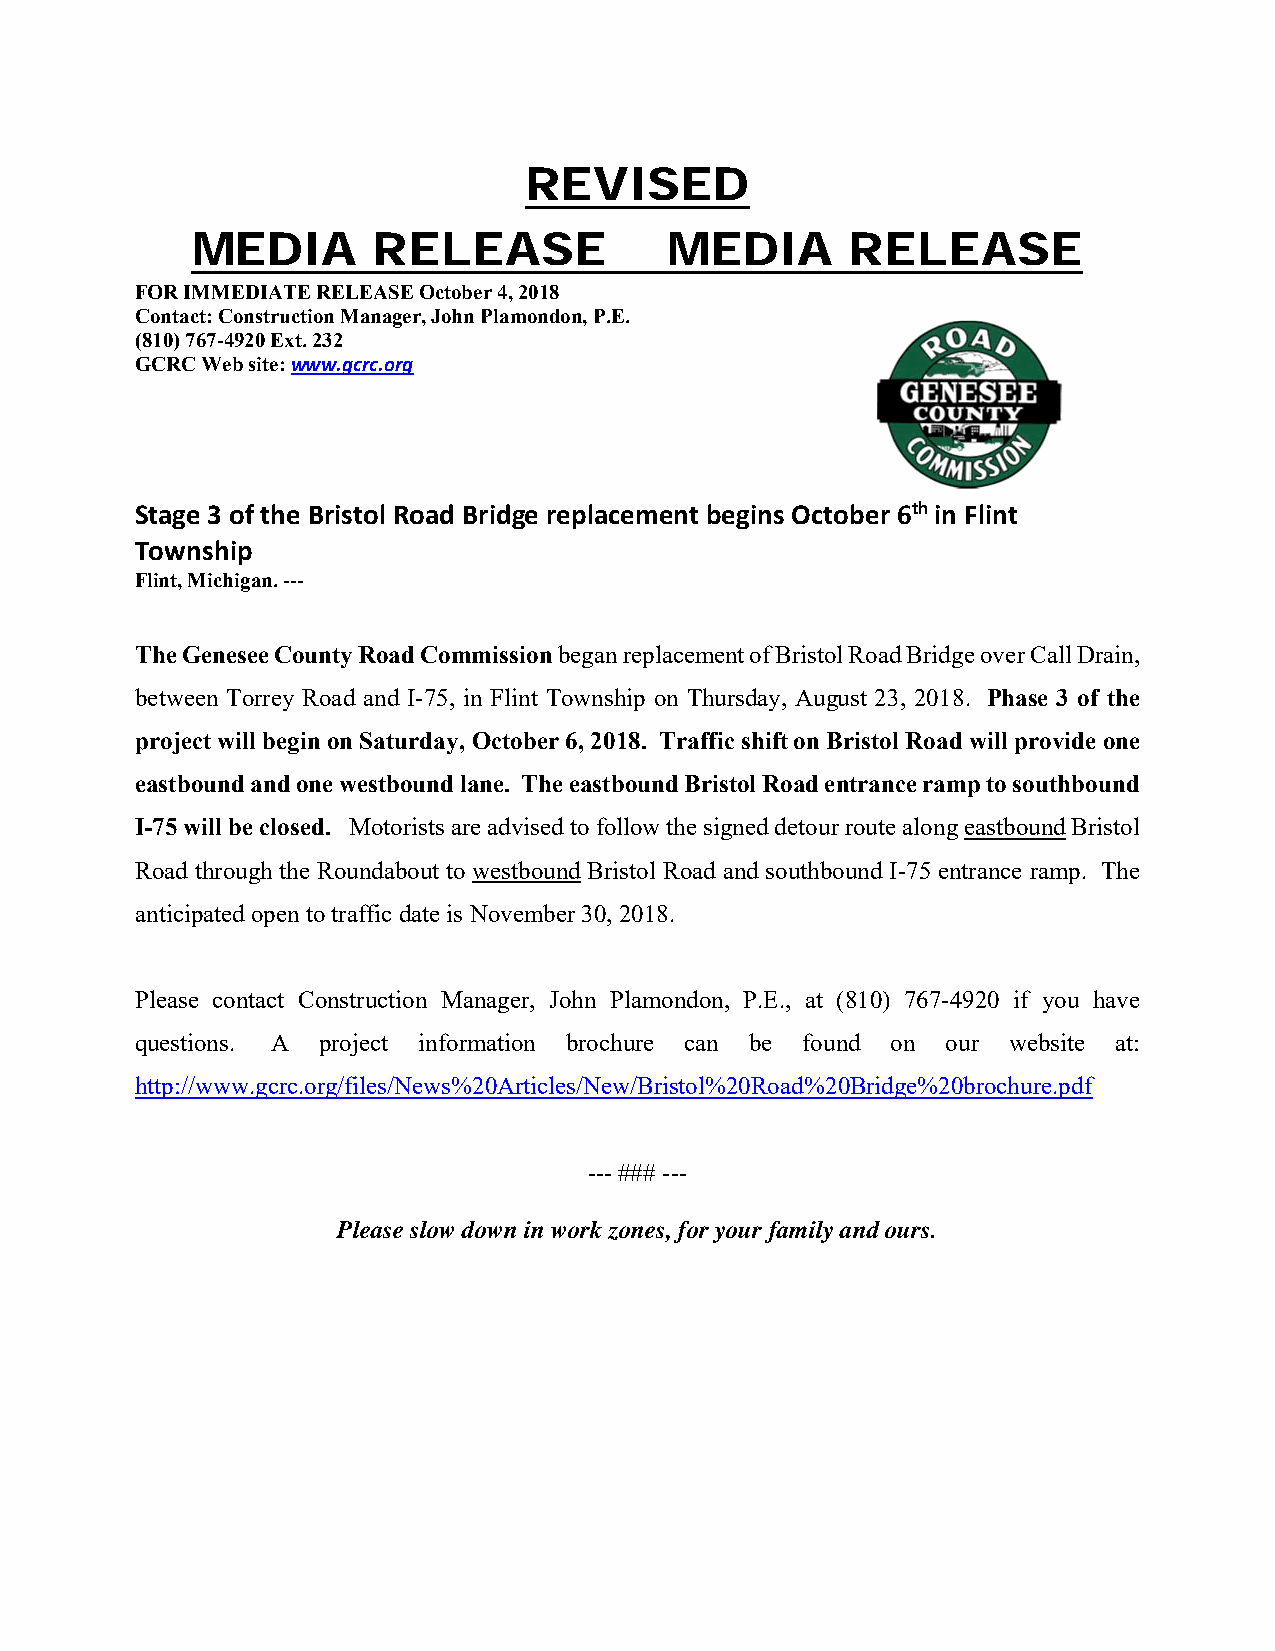
REVISED
 MEDIA       RELEASE            MEDIA       RELEASE
 FOR IMMEDIATE RELEASE October 4, 2018
 Contact: Construction Manager, John Plamondon, P.E.
 (810) 767-4920 Ext. 232
 GCRC Web site: www.gcrc.org
 Stage 3 of the Bristol Road Bridge replacement begins October 6th in Flint
 Township
 Flint, Michigan. ---
 The Genesee County Road Commission began replacement of Bristol Road Bridge over Call Drain,
 between Torrey Road and I-75, in Flint Township on Thursday, August 23, 2018. Phase 3 of the
 project will begin on Saturday, October 6, 2018. Traffic shift on Bristol Road will provide one
 eastbound and one westbound lane. The eastbound Bristol Road entrance ramp to southbound
 I-75 will be closed. Motorists are advised to follow the signed detour route along eastbound Bristol
 Road through the Roundabout to westbound Bristol Road and southbound I-75 entrance ramp. The
 anticipated open to traffic date is November 30, 2018.
 Please contact Construction Manager, John Plamondon, P.E., at (810) 767-4920 if you have
 questions. A project information brochure can be found on our website at:
 http://www.gcrc.org/files/News%20Articles/New/Bristol%20Road%20Bridge%20brochure.pdf
 --- ### ---
 Please slow down in work zones, for your family and ours.